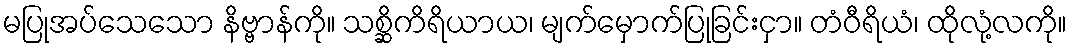
မပြုအပ်သေသော နိဗ္ဗာန်ကို။ သစ္ဆိကိရိယာယ၊ မျက်မှောက်ပြုခြင်းငှာ။ တံဝီရိယံ၊ ထိုလုံ့လကို။